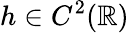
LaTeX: h\in C^{2}(\mathbb{R})